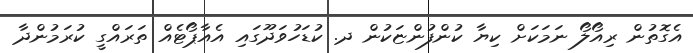
އެގޮތުން ރިއޯލޯ ނަމަކަށް ކިޔާ ކުންފުންޏަކުން ދ. ކުޑަހުވަދޫގައި އެއާޕޯޓެއް ތަރައްގީ ކުރަމުންދާ